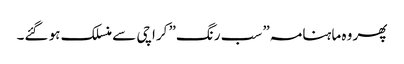
پھر وہ ماہنامہ” سب رنگ” کراچی سے منسلک ہو گئے۔